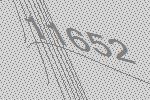
11652